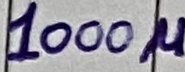
Text: 1000u